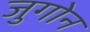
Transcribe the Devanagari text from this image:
जुगोन